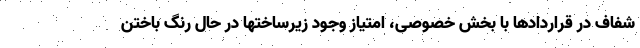
شفاف در قراردادها با بخش خصوصی، امتیاز وجود زیرساختها در حال رنگ باختن